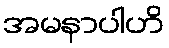
အမနာပါဟိ